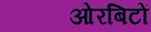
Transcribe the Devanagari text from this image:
ओरबिटों